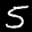
Label: 5